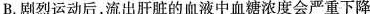
B.剧烈运动后，流出肝脏的血液中血糖浓度会严重下降